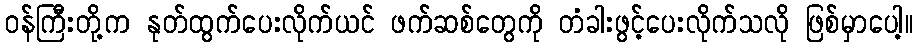
ဝန်ကြီးတို့က နုတ်ထွက်ပေးလိုက်ယင် ဖက်ဆစ်တွေကို တံခါးဖွင့်ပေးလိုက်သလို ဖြစ်မှာပေါ့။